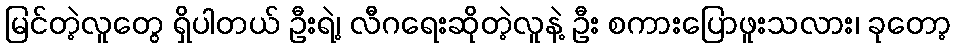
မြင်တဲ့လူတွေ ရှိပါတယ် ဦးရဲ့၊ လီဂရေးဆိုတဲ့လူနဲ့ ဦး စကားပြောဖူးသလား၊ ခုတော့